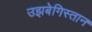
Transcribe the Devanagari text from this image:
उझबेगिस्तान